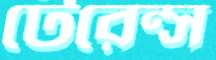
টেরেন্স